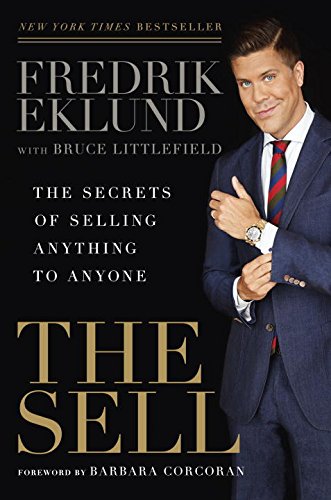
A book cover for The Sell: The Secrets of Selling Anything to Anyone; Fredrik Eklund; Self-Help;